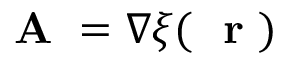
\mathrm { ~ \bf ~ A ~ } = \nabla \xi ( \mathrm { ~ \bf ~ r ~ } )